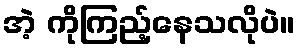
အဲ့ ကိုကြည့်နေသလိုပဲ။